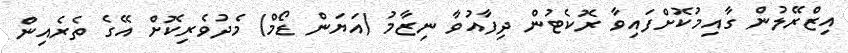
އިޒްރޭލުން ގާއިމުކޮށްފައިވާ ރޮކެޓުން ދިފާއުވާ ނިޒާމު (އަޔަން ޑޯމް) މެދުވެރިކޮށް އޭގެ ތެރެއިން